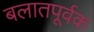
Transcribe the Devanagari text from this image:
बलातपूर्वक